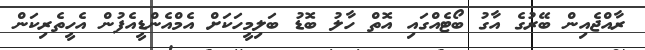
ރާއްޖެއިން ބޭރުގެ އާގު ބޯޓެއްގައި އޮތް ހާލު ބޮޑު ބަލިމީހަކަށް އެމްއެންޑީއެފުން އެހީތެެރިކަން